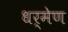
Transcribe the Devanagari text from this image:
धर्मेण